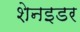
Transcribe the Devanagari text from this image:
शेनइडर